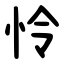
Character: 怜